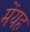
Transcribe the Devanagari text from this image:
मेंयह